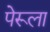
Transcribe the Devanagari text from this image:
पेरूला